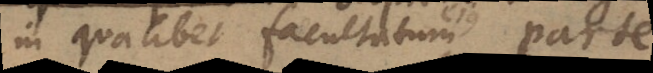
in qualibet facultatum ejus